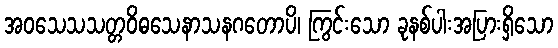
အဝသေသသတ္တဝိဓသေနာသနဂတောပိ၊ ကြွင်းသော ခုနစ်ပါးအပြားရှိသော